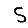
Digit: 5